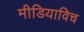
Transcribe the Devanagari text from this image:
मीडियाविच